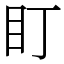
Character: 盯